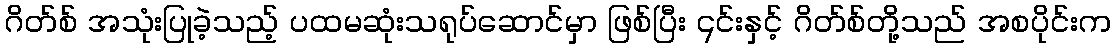
ဂိတ်စ် အသုံးပြုခဲ့သည့် ပထမဆုံးသရုပ်ဆောင်မှာ ဖြစ်ပြီး ၎င်းနှင့် ဂိတ်စ်တို့သည် အစပိုင်းက